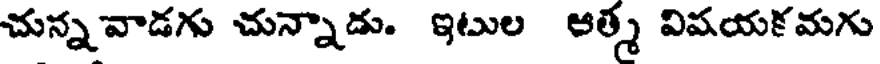
చున్నవాడగు చున్నాడు. ఇటుల ఆత్మ విషయకమగు